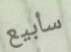
سأبيع